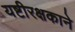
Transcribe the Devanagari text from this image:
यष्टीरक्षकाने